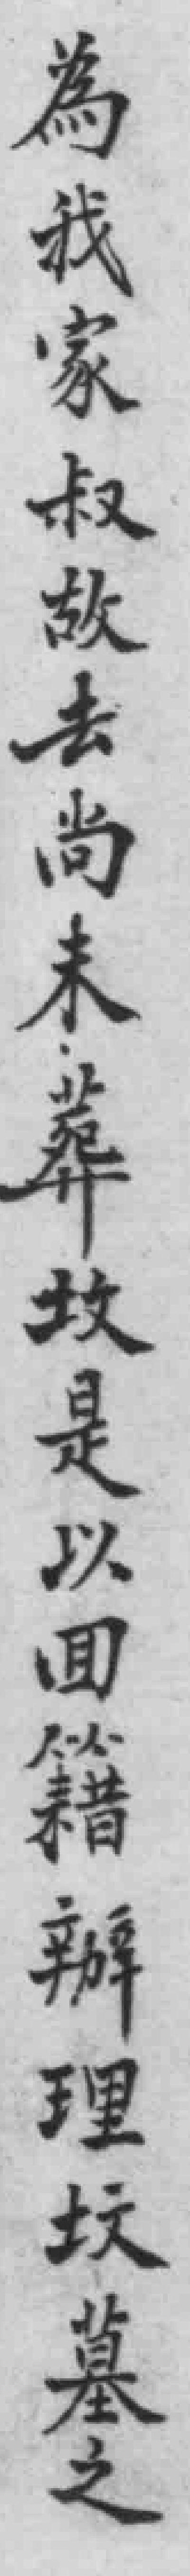
為我家叔故去尚未葬坟是以回籍辦理坟墓之